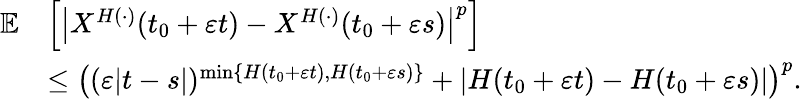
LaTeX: \begin{array}{rl}{\mathbb{E}}&{\left[\left|X^{H(\cdot)}(t_{0}+\varepsilon t)-X^{H(\cdot)}(t_{0}+\varepsilon s)\right|^{p}\right]}\\ &{\leq\left((\varepsilon|t-s|)^{\operatorname*{min}\{ H(t_{0}+\varepsilon t),H(t_{0}+\varepsilon s)\} }+|H(t_{0}+\varepsilon t)-H(t_{0}+\varepsilon s)|\right)^{p}.}\end{array}